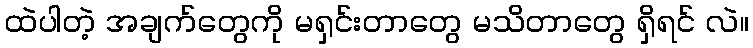
ထဲပါတဲ့ အချက်တွေကို မရှင်းတာတွေ မသိတာတွေ ရှိရင် လဲ။